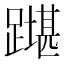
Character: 𲄇